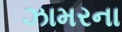
ઝામરના